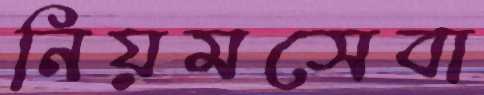
নিয়মসেবা